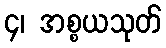
၄၊ အစ္စယသုတ်